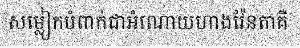
សម្លៀកបំពាក់ជាអំណោយហាងវ៉ែនតាគឺ